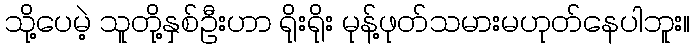
သို့ပေမဲ့ သူတို့နှစ်ဦးဟာ ရိုးရိုး မုန့်ဖုတ်သမားမဟုတ်နေပါဘူး။